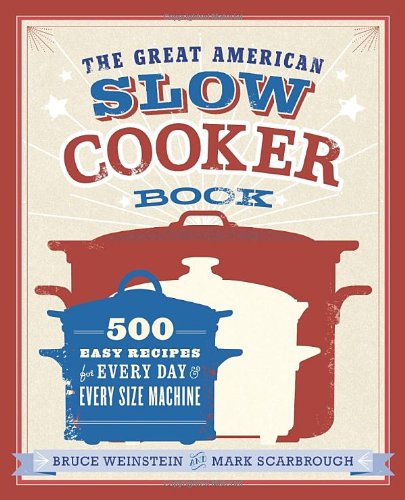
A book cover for The Great American Slow Cooker Book: 500 Easy Recipes for Every Day and Every Size Machine; Bruce Weinstein; Cookbooks, Food & Wine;